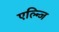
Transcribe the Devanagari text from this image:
एल्न्जि